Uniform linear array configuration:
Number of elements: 4
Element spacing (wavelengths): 1
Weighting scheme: hann
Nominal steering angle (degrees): -45
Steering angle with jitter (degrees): -44.088
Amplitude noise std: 0.05
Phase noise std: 0.05

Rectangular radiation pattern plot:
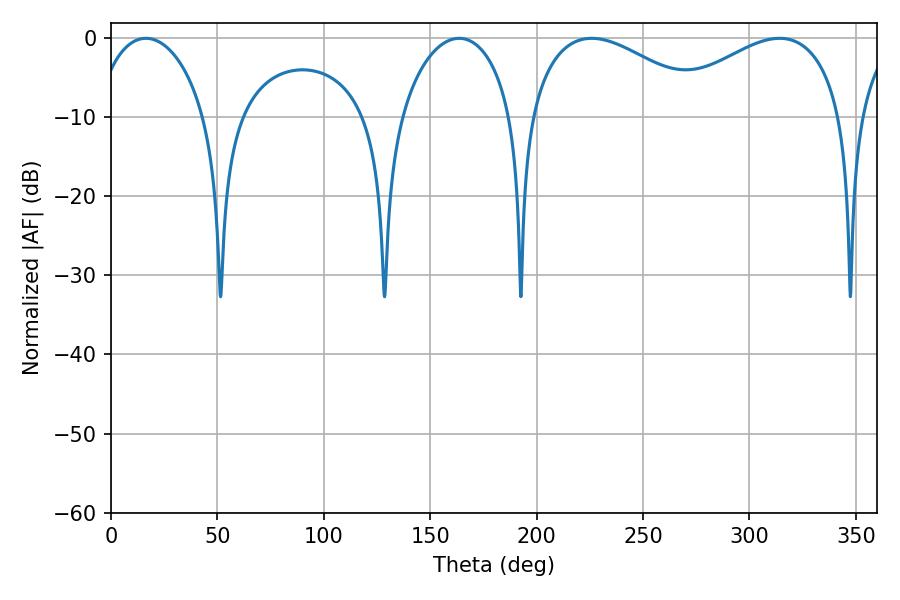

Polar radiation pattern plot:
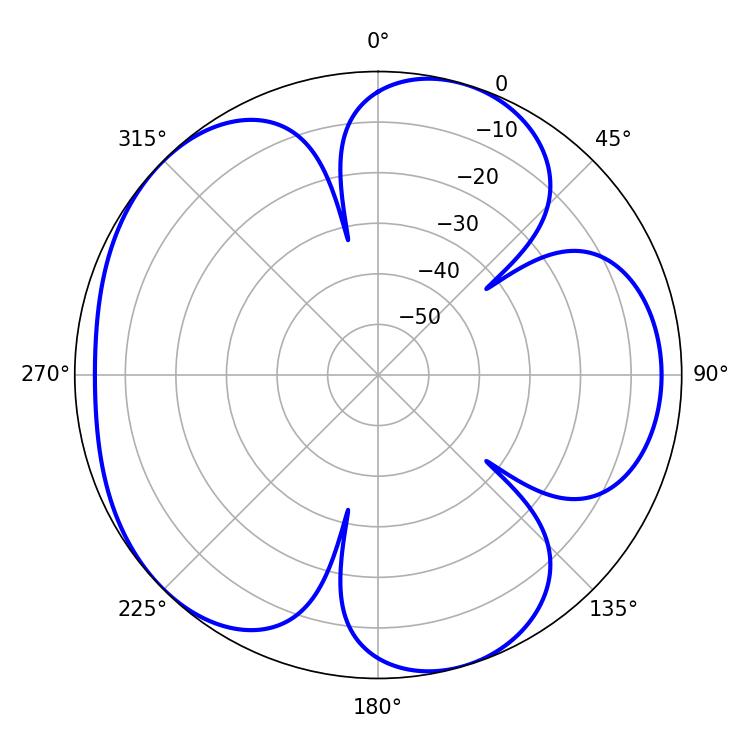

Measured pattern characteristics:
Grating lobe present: TRUE
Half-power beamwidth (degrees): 30.06
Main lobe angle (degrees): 16.38